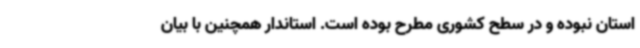
استان نبوده و در سطح کشوری مطرح بوده است. استاندار همچنین با بیان